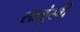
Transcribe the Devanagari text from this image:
साळुंखी